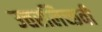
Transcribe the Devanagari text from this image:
उत्तरलिच्छवी